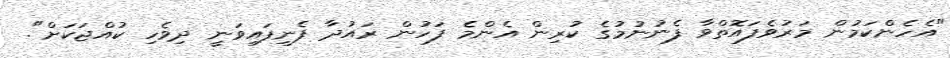
"އެހެންކަމުން މަރުވެފައޮތްވާ ފެނުނުމުގެ ކުރިން އެންމެ ފަހުން ރައުދާ ފެނިފައިވަނީ ދިވެހި ކުއްޖަކަށް".